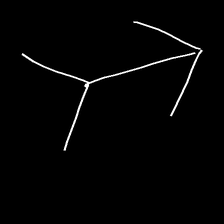
Glyph: gather